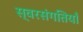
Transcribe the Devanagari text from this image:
स्वरसंगतियाँ